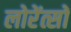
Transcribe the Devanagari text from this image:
लोरेंत्सों